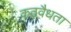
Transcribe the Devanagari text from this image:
कठवैधता